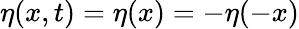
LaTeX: \eta(x,t)=\eta(x)=-\eta(-x)